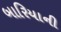
બારિયાની